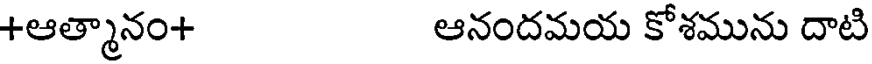
+ఆత్మానం+ ఆనందమయ కోశమును దాటి